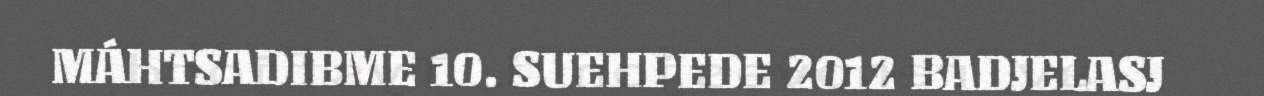
MÁHTSADIBME 10. SUEHPEDE 2012 BADJELASJ